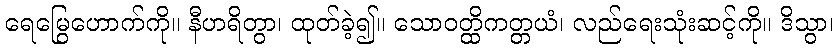
ရေမြွေဟောက်ကို။ နီဟရိတွာ၊ ထုတ်ခဲ့၍။ သောဝတ္ထိကတ္တယံ၊ လည်ရေးသုံးဆင့်ကို။ ဒိသွာ၊